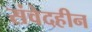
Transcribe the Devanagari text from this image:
संवेदहीन